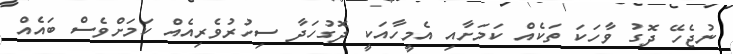
ނުޖެހޭ ދޮގު ވާހަކަ ތަކެއް ކަމަށާއި އެމީހާއަކީ ދޮގުހަދާ ސިހުރުވެރިއެއް ކަމަށްވެސް ބައެއް